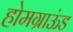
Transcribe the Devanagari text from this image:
होमग्राऊंड